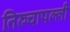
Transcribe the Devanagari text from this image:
तिरुचापल्ली